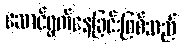
ဆောင်ရွက်နေခြင်းဖြစ်သည်